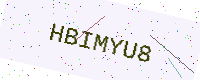
Text: HBIMYU8